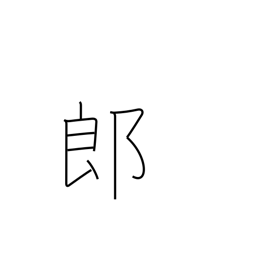
Meaning: counter for sons